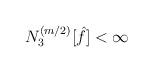
\begin{align*}\begin{aligned}N_3^{(m/2)} [\hat{f}] < \infty\end{aligned}\end{align*}